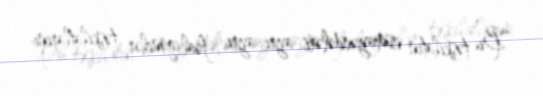
“Bu təşkilatın nümayəndələri ayrı-ayrı fəal gənclər təşkilatlarını